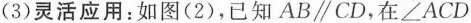
(3)灵活应用：如图(2)，已知AB/parallrl CD，在∠ACD